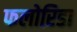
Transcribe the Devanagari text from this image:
फलोरिडा